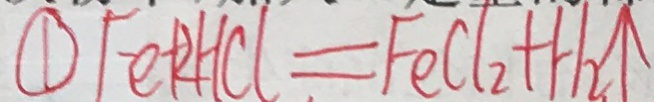
\textcircled { 1 } F e + 2 H C l = F e C l _ { 2 } + H _ { 2 } \uparrow